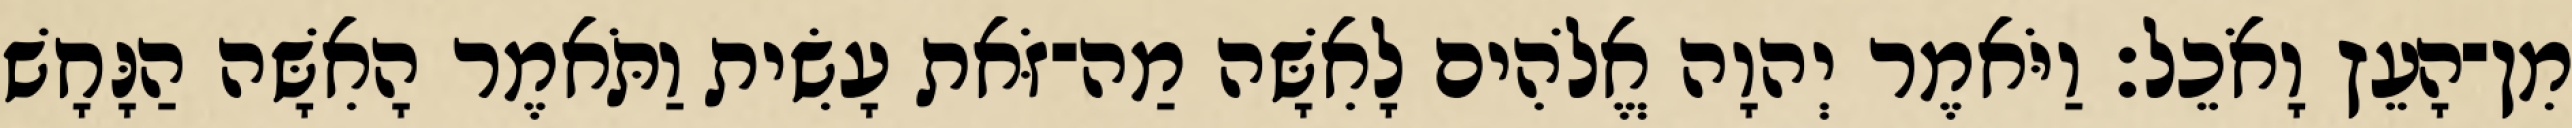
מִן־הָעֵץ וָאֹכֵל׃ וַיֹּאמֶר יְהוָה אֱלֹהִים לָאִשָּׁה מַה־זֹּאת עָשִׂית וַתֹּאמֶר הָאִשָּׁה הַנָּחָשׁ